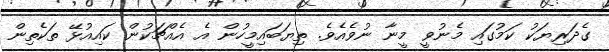
ގެދަރިޔަކު ކަމުގައި މެނުވީ މީނާ ނުވެއެވެ. ތިޔަބައިމީހުން އެ އެއްޗަކުން ކައިއުޅޭ ތަކެތިން